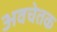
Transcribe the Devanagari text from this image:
अवचेतक